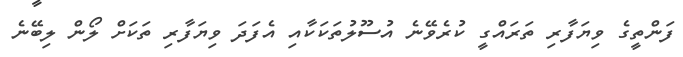
ފަންތީގެ ވިޔަފާރި ތަރައްގީ ކުރެވޭނެ އުސޫލުތަކަކާއި އެފަދަ ވިޔަފާރި ތަކަށް ލޯން ލިބޭނެ